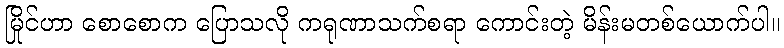
မြိုင်ဟာ စောစောက ပြောသလို ကရုဏာသက်စရာ ကောင်းတဲ့ မိန်းမတစ်ယောက်ပါ။